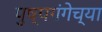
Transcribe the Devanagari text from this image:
पुष्पगंगेच्या